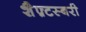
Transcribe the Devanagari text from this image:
शैफ़्टस्बरी